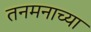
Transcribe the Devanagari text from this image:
तनमनाच्या